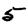
Digit: 5